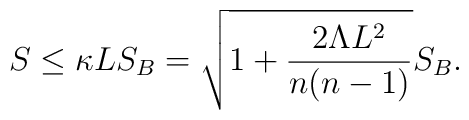
S\leq \kappa LS_B=\sqrt{1+{{2\Lambda L^2}\over{n(n-1)}}}S_B.